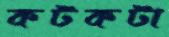
কটকটা